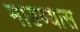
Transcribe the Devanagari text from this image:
माडण्यास